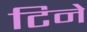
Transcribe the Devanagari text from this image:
टिने